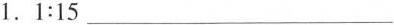
1.1:15___